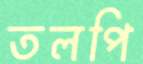
তলপি